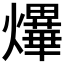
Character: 𤒹